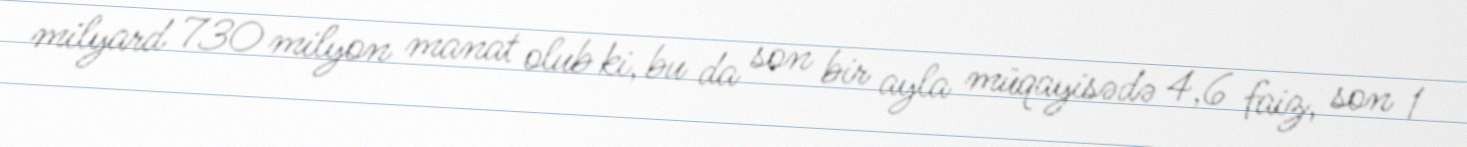
milyard 730 milyon manat olub ki, bu da son bir ayla müqayisədə 4,6 faiz, son 1